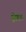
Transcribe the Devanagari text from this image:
होतल